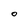
Character: O